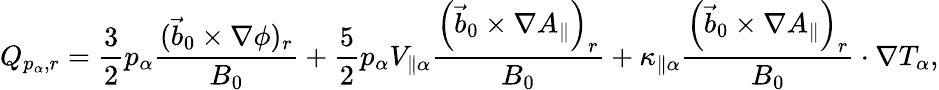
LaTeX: Q_{p_{\alpha},r}=\frac{3}{2}p_{\alpha}\frac{(\vec{b}_{0}\times\nabla\phi)_{r}}{B_{0}}+\frac{5}{2}p_{\alpha}V_{\parallel\alpha}\frac{\left(\vec{b}_{0}\times\nabla A_{\parallel}\right)_{r}}{B_{0}}+\kappa_{\parallel\alpha}\frac{\left(\vec{b}_{0}\times\nabla A_{\parallel}\right)_{r}}{B_{0}}\cdot\nabla T_{\alpha},